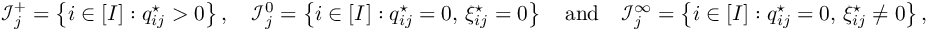
\begin{array} { r } { \mathcal I _ { j } ^ { + } = \left\{ i \in [ I ] : q _ { i j } ^ { \star } > 0 \right\} , \quad \mathcal I _ { j } ^ { 0 } = \left\{ i \in [ I ] : q _ { i j } ^ { \star } = 0 , \, \xi _ { i j } ^ { \star } = 0 \right\} \quad \mathrm { a n d } \quad \mathcal I _ { j } ^ { \infty } = \left\{ i \in [ I ] : q _ { i j } ^ { \star } = 0 , \, \xi _ { i j } ^ { \star } \neq 0 \right\} , } \end{array}